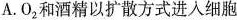
A.O_{2}和酒精以扩散方式进入细胞